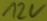
Text: 12V